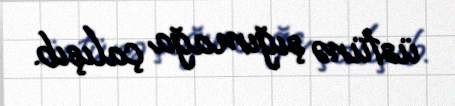
üstünə şığımağa çalışıb.